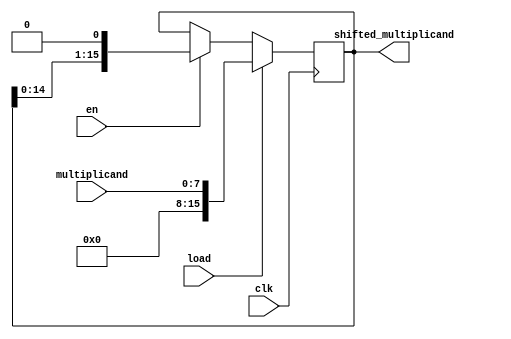
`timescale 1ns / 1ps
//////////////////////////////////////////////////////////////////////////////////
// Company: 
// Engineer: 
// 
// Design Name: 
// Module Name: left_shift_reg
// Project Name: 
// Target Devices: 
// Tool Versions: 
// Description: 
// 
// Dependencies: 
// 
// Revision:
// Revision 0.01 - File Created
// Additional Comments:
// 
//////////////////////////////////////////////////////////////////////////////////


module left_shift_reg #(parameter n = 8)(load, en , clk, multiplicand, shifted_multiplicand);

input load;
input en;
input clk;
input [n-1: 0] multiplicand;
output reg [(2*n)-1: 0] shifted_multiplicand;

always @ (posedge clk) begin
    
    if (load)
        shifted_multiplicand = multiplicand;
    else if(en)
         shifted_multiplicand = {shifted_multiplicand[(2*n)-2:0], 1'b0};
    
end

endmodule